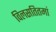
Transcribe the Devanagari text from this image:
विलसतितमां